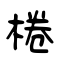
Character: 棬